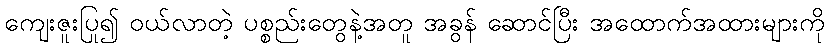
ကျေးဇူးပြု၍ ဝယ်လာတဲ့ ပစ္စည်းတွေနဲ့အတူ အခွန် ဆောင်ပြီး အထောက်အထားများကို